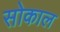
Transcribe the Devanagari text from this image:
सोकाल